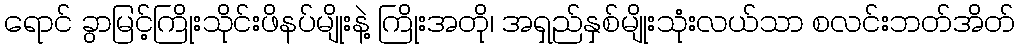
ရောင် ခွာမြင့်ကြိုးသိုင်းဖိနပ်မျိုးနဲ့ ကြိုးအတို၊ အရှည်နှစ်မျိုးသုံးလယ်သာ စလင်းဘတ်အိတ်